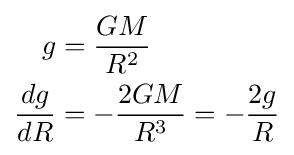
{\begin{aligned}g&={\frac {GM}{R^{2}}}\\{\frac {dg}{dR}}&=-{\frac {2GM}{R^{3}}}=-{\frac {2g}{R}}\end{aligned}}